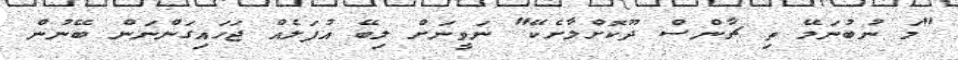
"މަ ނުބުނަމޭ ތި ޗާންސް ދޫކޮށްލާށެކޭ" ނަވީނަށް ލިބޭ އުފަލެއް ޖަހައިގަންނަން ބޭނުން